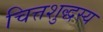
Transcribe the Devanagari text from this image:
चित्तशुद्धस्य